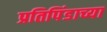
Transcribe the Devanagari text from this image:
प्रतिपिंडाच्या